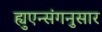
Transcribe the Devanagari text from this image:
ह्युएन्संगनुसार